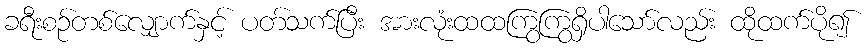
ခရီးစဉ်တစ်လျှောက်နှင့် ပတ်သက်ပြီး အားလုံးထထကြွကြွရှိပါသော်လည်း ထိုထက်ပို၍